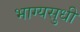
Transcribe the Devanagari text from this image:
भाग्यसुधी